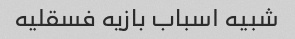
شبیه اسباب بازیه فسقلیه